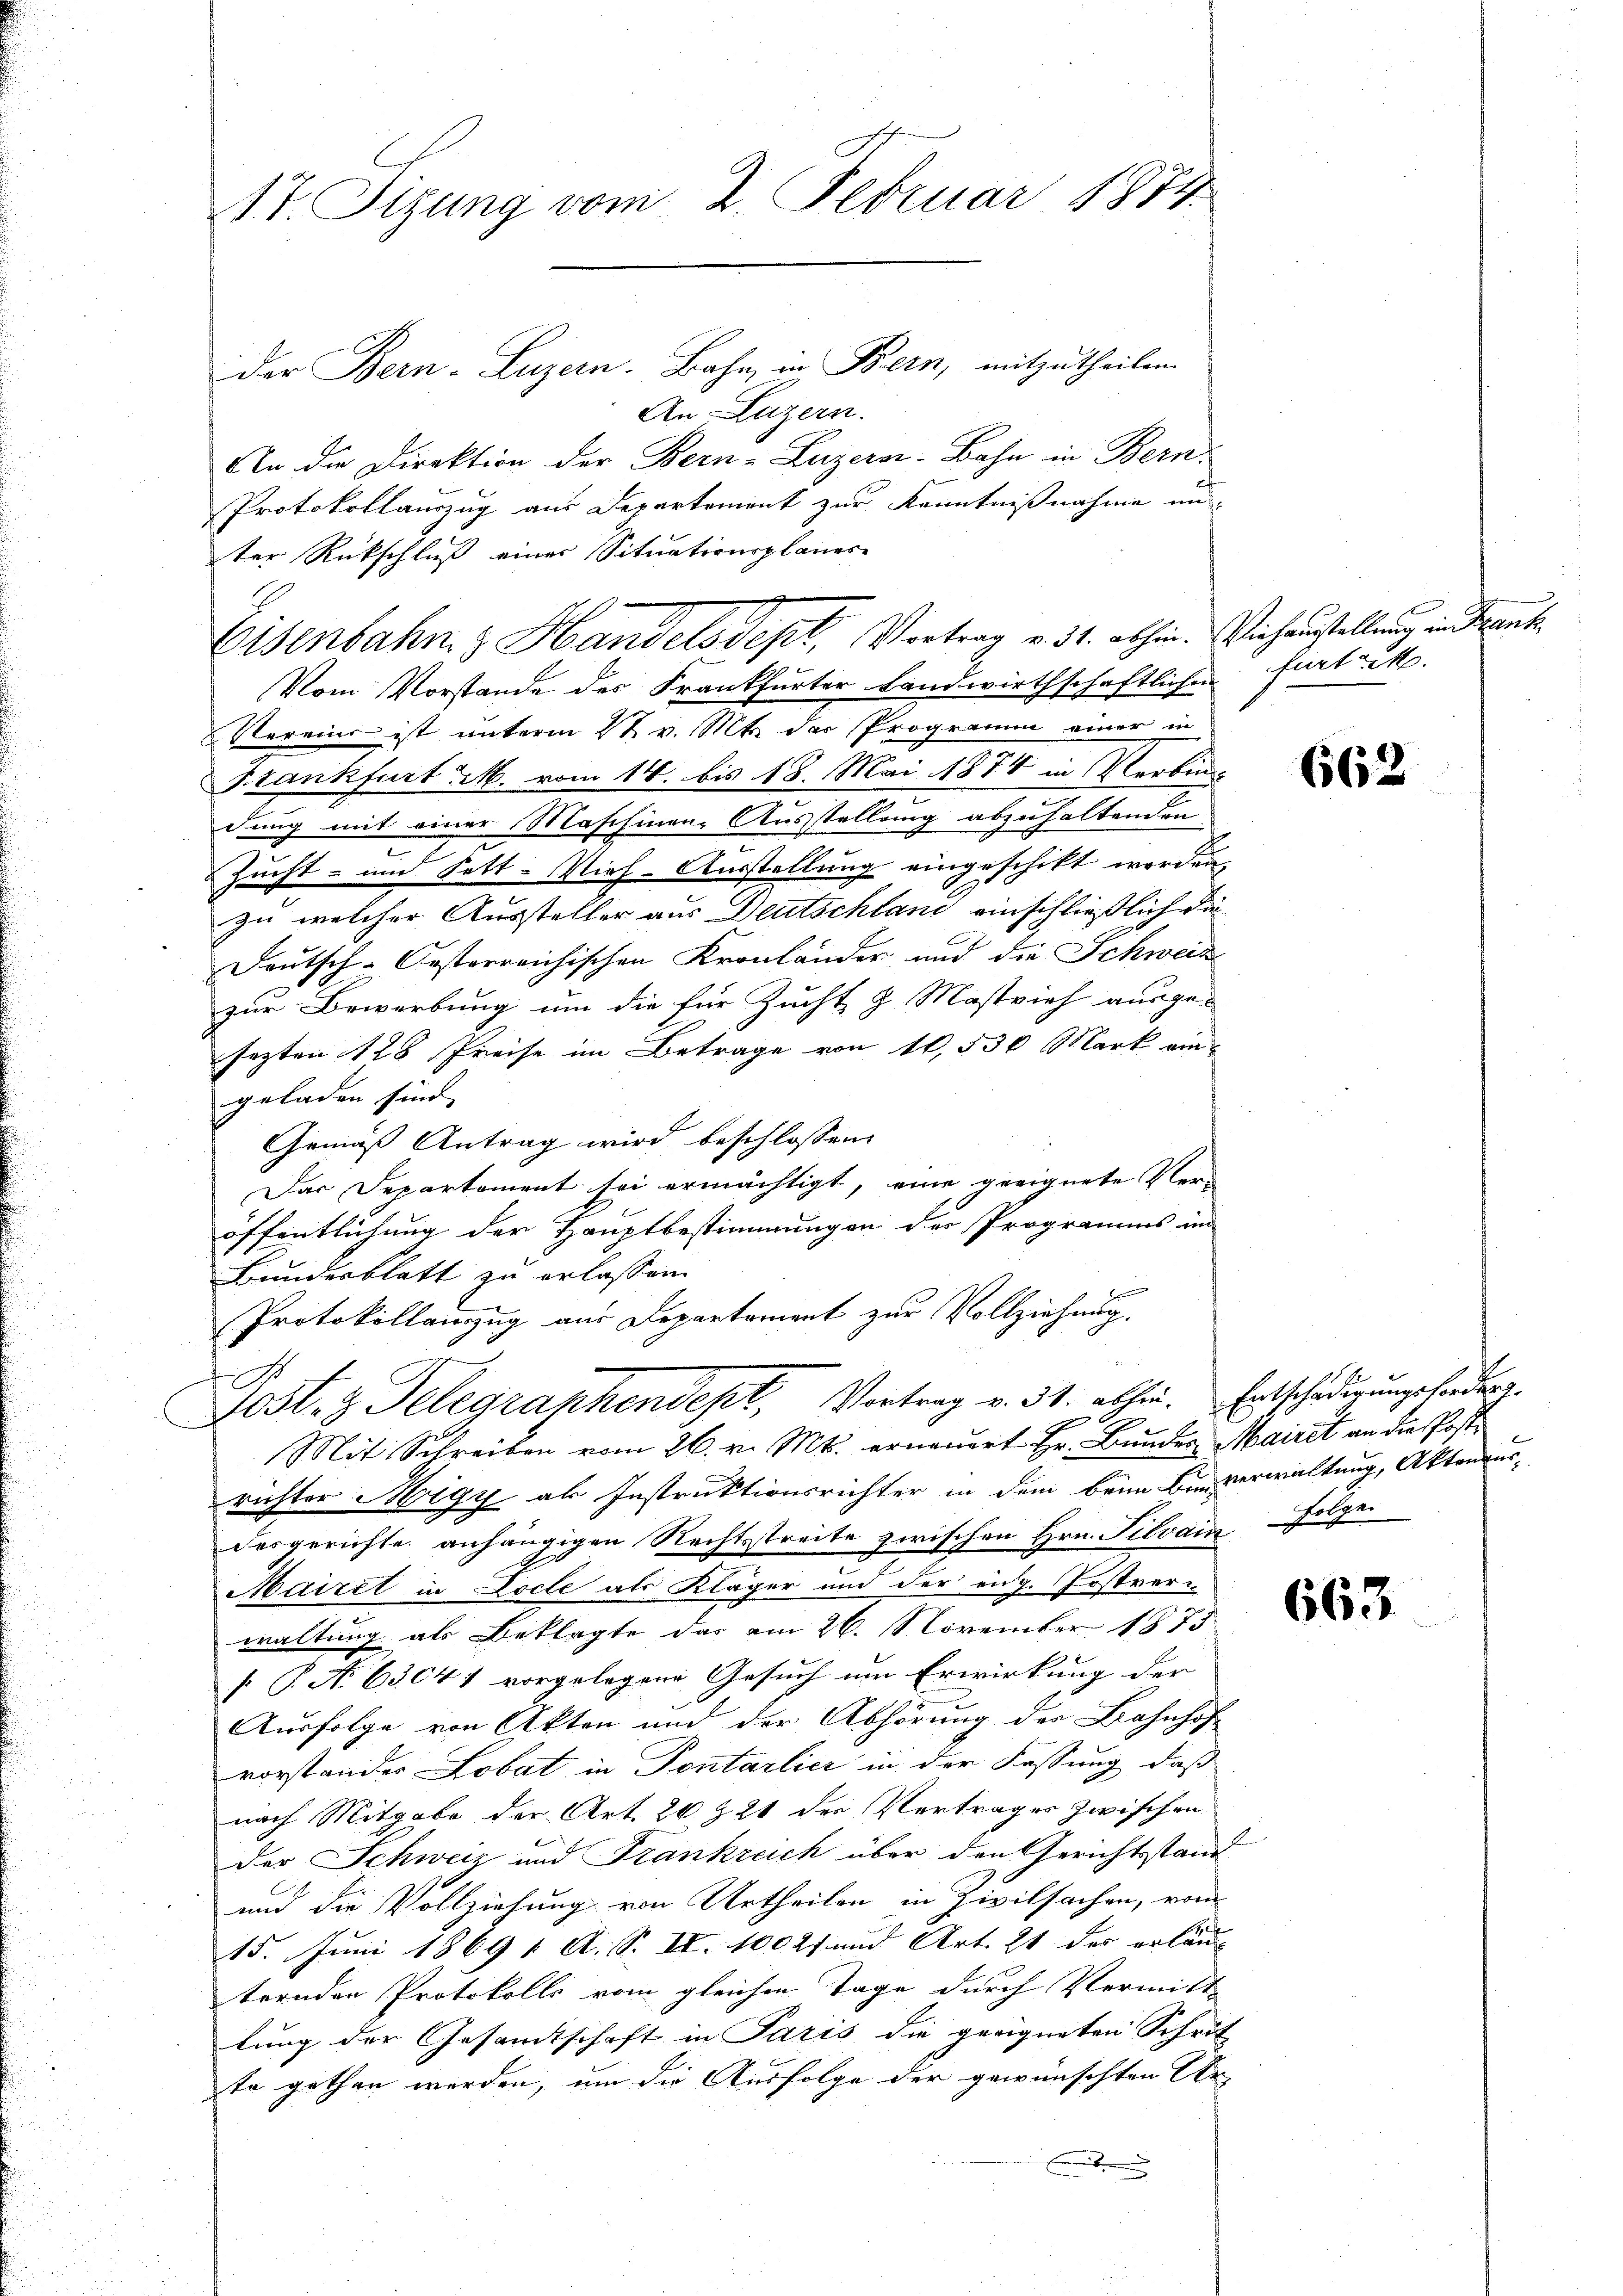
der Bern-Luzern. Bahn, in Bern, mitzutheilen.
An Luzern.
An die Direktion der Bern-Luzern-Bahn in Bern.
Protokollauszug aus Departement zur Kenntnißnahme und
ter Rückschluß einer Situationsplaner-
Vom Vorstande des Frankfurter Landwirthschaftlichen fort a M.
Vereini ist unterm 2t v. Mts. der Programm einer in
Szankfurt M. vom 14. bis 18. Mai 1874 in Verbin-
dung mit einer Maschinen Ausstellung abzuhaltenden
Zucht- und Fett. Vieh-Ausstellung eingeschikt worden,
e
zu welcher Aussteller aus Deutschland einschließlich die
Feutsch-Oesterreichischen Kronländer und die Schweize
zur Bewerbung um die für Zucht & Mastvieh ausge-
sezten 128 Preise im Betrage von 18,530 Mark eingeladen sind. |
Gemäß Antrag wird beschlossen,
Das Departement sei ermächtigt, eine geeignete Ver-
öffentlichung der Hauptbestimmungen des Programms im
Bundesblatt zu erlassen.
Protokollauszug aus Departement zur Vollziehung.

n
Jost, z. Telegraphendept, Vortrag v. 31. abhie. Entschädigungseidert.
Mit Schreiben vom 26. v. Mts. erneuert Hr. Bundes Mairet an die Postrichter Migy als Instruktionsrichter in dem beim Benverwaltung, Aktenausdesgerichte anhängigen Rechtsstreite zwischen Hrn. Filvain
Mairet in Locle als Kläger und der eidg. Postverwaltung als Beklagte das am 26. November 1873
[ P. N. 63041 vorgelegene Gesuch um Erwirkung der
Ausfolge von Akten und der Abhörung der Bahnhof-
vorstander Lobat, in Pontarlier in der Fassung, daß
nach Mitgabe der Art. 26 & 21 der Vertrages zwischen
Der Schweiz und Frankreich über den Gerichtsstand
und die Vollziehung von Urtheilen in Zivilsachen, vom
15. Juni 1869 1 A. S. II. 10027 und Art. 21 des erläng
ternden Protokolls vom gleichen Tage durch Vermitt
lung der Gesamtschaft in Paris die geeigneten Schrit
te gethan werden, um die Ausfolge der gewünschten Ur-

17. Sizung vom 2. Februar 1884

Eisenbahn & Handelsdept, Vortrag v. 31. abhin. Viehaustellung in Frank

662

.
Folge.

663